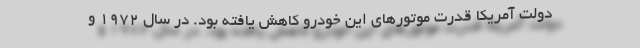
دولت آمریکا قدرت موتورهای این خودرو کاهش یافته بود. در سال 1972 و